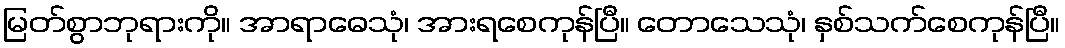
မြတ်စွာဘုရားကို။ အာရာဓေသုံ၊ အားရစေကုန်ပြီ။ တောသေသုံ၊ နှစ်သက်စေကုန်ပြီ။